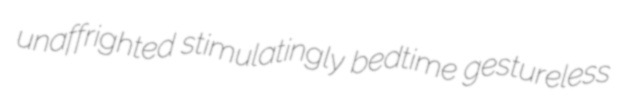
unaffrighted stimulatingly bedtime gestureless